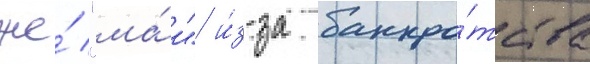
же́ "ма́и" и́з-за банкро́тства